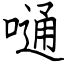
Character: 嗵